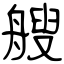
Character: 艘